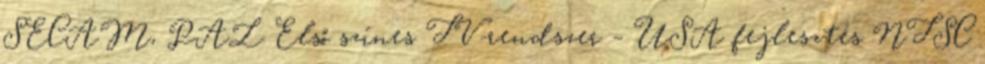
SECAM, PAL Első színes TV-rendszer – USA fejlesztés NTSC